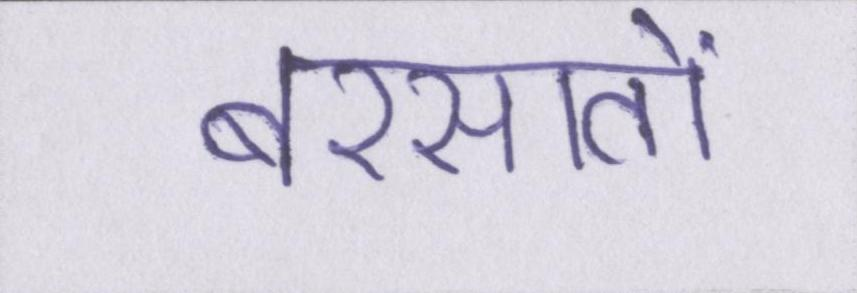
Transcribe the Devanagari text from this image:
बरसातों